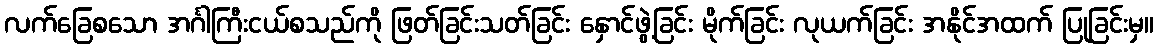
လက်ခြေစသော အင်္ဂါကြီးငယ်စသည်ကို ဖြတ်ခြင်းသတ်ခြင်း နှောင်ဖွဲ့ခြင်း မိုက်ခြင်း လုယက်ခြင်း အနိုင်အထက် ပြုခြင်းမှ။